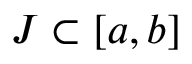
J \subset [ a , b ]